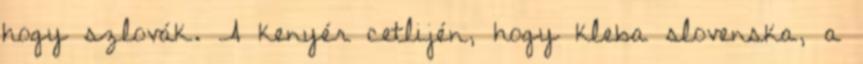
hogy szlovák. A kenyér cetlijén, hogy kleba slovenska, a